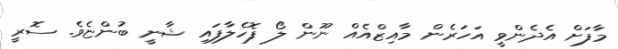
މާފަށް އެދެންވީ އަހަރެން މާއިޒްއެއް ނޫން ލޯ ފޮހެލާފައި ޝާނީ ބުންޏެވެ. ސޮރީ